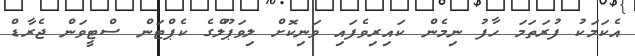
އެކަމަކު ފުރަތަމަ ހާފު ނިމެން ކައިިރިވެފައި ވަނިކޮށް ލިވަޕޫލްގެ ކެޕްޓަން ސްޓީވަން ޖެރާޑް